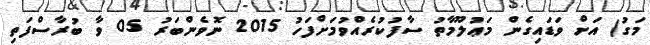
މަގު) އަށް ވަޑައިގެން މަޢުލޫމާތު ސާފުކުރެއްވުމަށްފަހު 2015 ނޮވެންބަރު 05 ވާ ބުރާސްފަތި